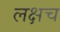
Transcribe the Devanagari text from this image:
लक्षच